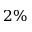
2 \%